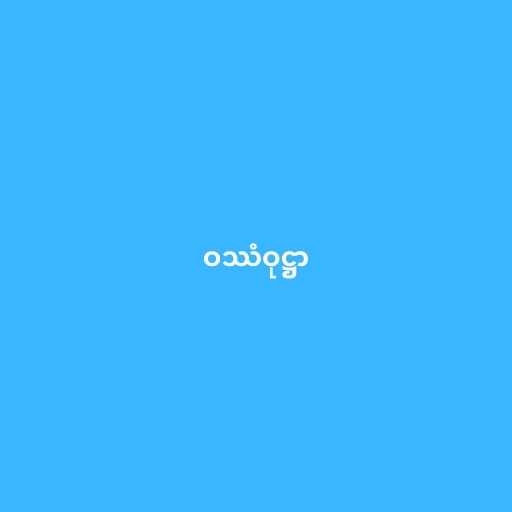
ဝဿံဝုဋ္ဌာ